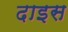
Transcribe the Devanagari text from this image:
दाइस